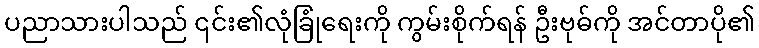
ပညာသားပါသည် ၎င်း၏လုံခြုံရေးကို ကွမ်းစိုက်ရန် ဦးဗုဓ်ကို အင်တာပို၏